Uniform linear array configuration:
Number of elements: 32
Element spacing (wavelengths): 1
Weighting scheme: binomial
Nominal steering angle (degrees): -30
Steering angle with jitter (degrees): -31.519
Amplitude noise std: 0.05
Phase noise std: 0.05

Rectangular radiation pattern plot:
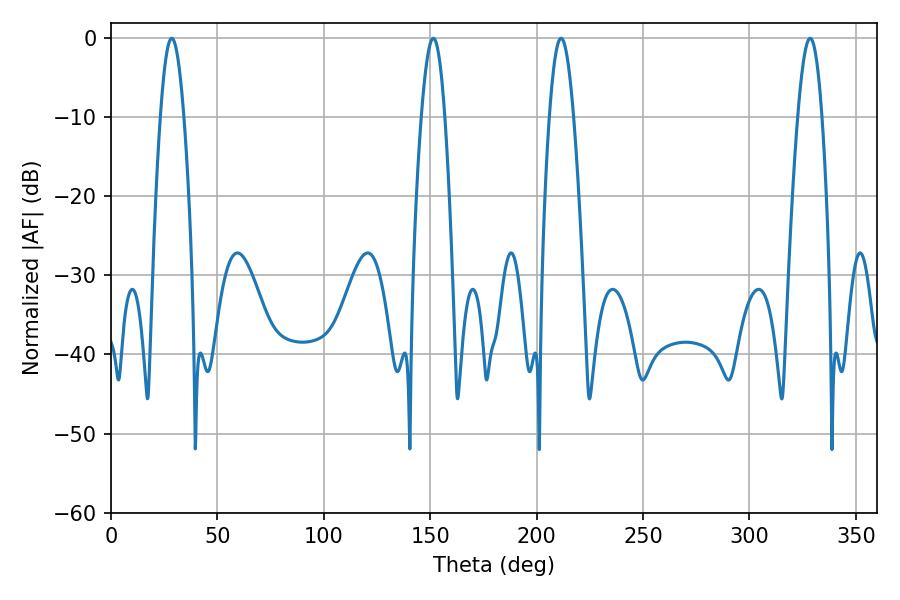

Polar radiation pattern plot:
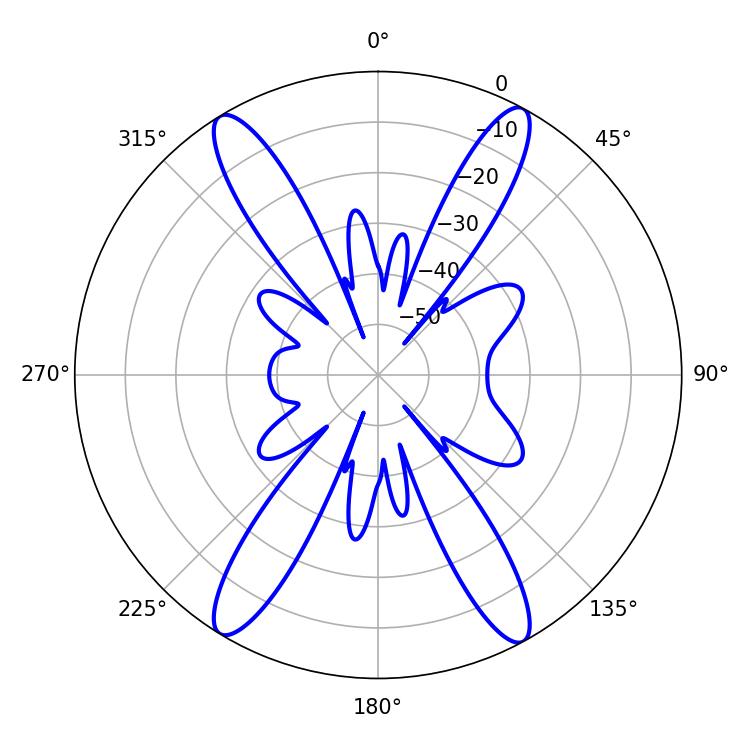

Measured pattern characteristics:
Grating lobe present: TRUE
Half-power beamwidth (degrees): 6.12
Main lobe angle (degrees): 328.5